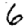
Digit: 6